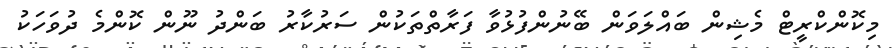
މިކޮންކްރީޓް މެޝިން ބައްލަވަން ބޭނުންފުޅުވާ ފަރާތްތަކުން ސަރުކާރު ބަންދު ނޫން ކޮންމެ ދުވަހަކު